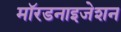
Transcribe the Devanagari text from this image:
मॉरडनाइजेशन